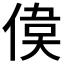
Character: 𠋋